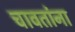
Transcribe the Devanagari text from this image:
चावतांना